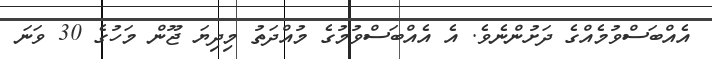
އެއްބަސްވުމެއްގެ ދަށުންނެވެ. އެ އެއްބަސްވުމުގެ މުއްދަތު މިދިޔަ ޖޫން މަހުގެ 30 ވަނަ